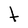
Character: t